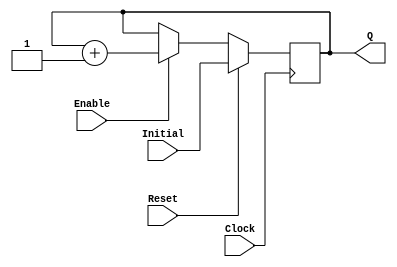
`timescale 1ns / 1ps
//------------------------------------------------
module UPCOUNTER_POSEDGE # (parameter SIZE=16)
(
input wire Clock, Reset,
input wire [SIZE-1:0] Initial,
input wire Enable,
output reg [SIZE-1:0] Q
);


  always @(posedge Clock )
  begin
      if (Reset)
        Q = Initial;
      else
		begin
		if (Enable)
			Q = Q + 1;
			
		end			
  end

endmodule
//----------------------------------------------------
module FFD_POSEDGE_SYNCRONOUS_RESET # ( parameter SIZE=8 )
(
	input wire				Clock,
	input wire				Reset,
	input wire				Enable,
	input wire [SIZE-1:0]	D,
	output reg [SIZE-1:0]	Q
);
	

always @ (posedge Clock) 
begin
	if ( Reset )
		Q <= 0;
	else
	begin	
		if (Enable) 
			Q <= D; 
	end	
 
end//always

endmodule
//----------------------------------------------------------------------
module MUX # ( parameter SIZE=16 )
(
	input wire						Clock,
	input wire [SIZE-1:0]		in0,
	input wire [SIZE-1:0]		in1,
	input wire [SIZE-1:0]  		in2,
	input wire [SIZE-1:0]		in3,
	input wire [1:0]				select,
	output reg [SIZE-1:0]	   out
);

always @ (*) 
begin
		case(select)
			2'b00 :
				begin
					out <= in0;
				end
			2'b01 :
				begin
					out <= in1;
				end
			2'b10 :
				begin
					out <= in2;
				end
			2'b11 :
				begin
					out <= in3;
				end
			default :
				begin
					out <= 16'hCAFE;
				end
		endcase	
 
end//always

endmodule
//----------------------------------------------------------------------

//Multiplicador ejercicio 2 y 3

//module MULTIPLICADOR3 # (parameter SIZE=16)
//(
//	input wire [SIZE-2:2] Ci,
//	input wire [SIZE-1:0] iA,
//	input wire [SIZE-1:0] iB,
//	output reg Co,
//	output reg [SIZE:0] Res
//);
//	assign Ci[0] = 1'b0;
//	assign Co = Ci[SIZE];
//	
//	genvar i;
//	generate
//		for (i=1; i<SIZE-1, i=i+1)
//		begin: mult_cell
//			assign Res[0] = iA[0]&iB[0];
//			assign {Ci[i+1],Res[i]} = iA[i]&iB[0] + iA[i-1]&iB[1] + Ci[i];
//			assign {Ci[SIZE],Res[SIZE-1]} = iA[SIZE-1]&iB[1] + Ci[SIZE-1];
//		end
//	endgenerate
//	
//	
//	
//endmodule

//----------------------------------------------------------------------